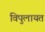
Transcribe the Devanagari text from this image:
विपुलायत